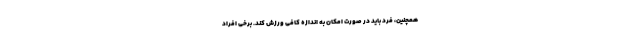
همچنین، فرد باید در صورت امکان به اندازه کافی ورزش کند. برخی افراد